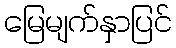
မြေမျက်နှာပြင်